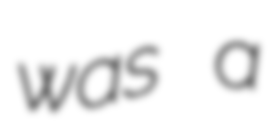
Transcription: was a